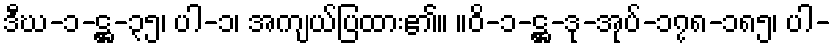
ဒီဃ-၁-ဋ္ဌ-၃၅၊ ပါ-၁၊ အကျယ်ပြထား၏။ ။ဝိ-၁-ဋ္ဌ-ဒု-အုပ်-၁၇၈-၁၈၅၊ ပါ-